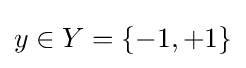
y\in Y=\{-1,+1\}